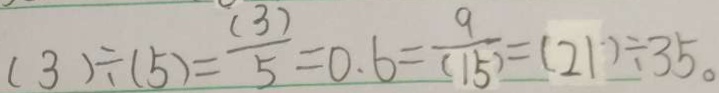
( 3 ) \div ( 5 ) = \frac { ( 3 ) } { 5 } = 0 . 6 = \frac { 9 } { ( 1 5 ) } = ( 2 1 ) \div 3 5 。